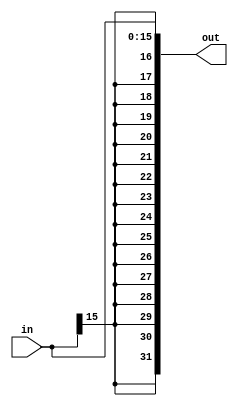
module sign_ext(
  // Inputs
  in,
  
  //Outputs,
  out
);

parameter IN_SIZE = 16;
parameter OUT_SIZE = 32;

input   [IN_SIZE-1:0]   in;

output  [OUT_SIZE-1:0]  out;

assign out = {{(OUT_SIZE-IN_SIZE){in[IN_SIZE-1]}}, in};

endmodule